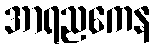
အာရညကေန